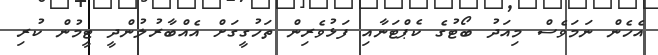
އެހެން ނަމަވެސް މިއަދު ބޯޓުގެ ކެޕްޓަނާއި ފަޅުވެރިން ތަހުގީގަށް އެއްބާރުލުންދީ ޓީމުން ކުރި